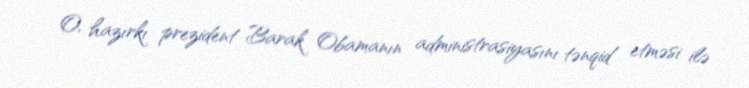
O, hazırkı prezident Barak Obamanın administrasiyasını tənqid etməsi ilə